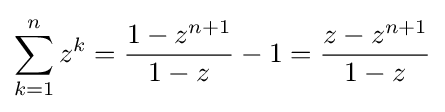
\sum _{k=1}^{n}z^{k}={\frac {1-z^{n+1}}{1-z}}-1={\frac {z-z^{n+1}}{1-z}}